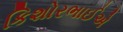
કિશોરભાઈએ